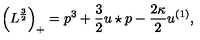
\Big ( L ^ { \frac { 3 } { 2 } } \Big ) _ { + } = p ^ { 3 } + \frac { 3 } { 2 } u \star p - \frac { 2 \kappa } { 2 } u ^ { ( 1 ) } ,